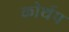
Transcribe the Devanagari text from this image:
कोर्थप